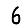
Digit: 6